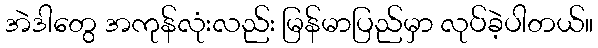
အဲဒါတွေ အကုန်လုံးလည်း မြန်မာပြည်မှာ လုပ်ခဲ့ပါတယ်။